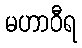
မဟာဝီရ